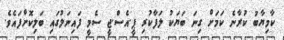
ކާމިޔާބު ކުރާނެ ކަމަށް ގިނަ ބަޔަކު ލަފާކުރި ޕީ.އެސް.ޖީ ސެމީ ފައިނަލުގައި ބަލިކޮށްފައެވެ.